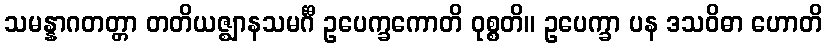
သမန္နာဂတတ္တာ တတိယဇ္ဈာနသမင်္ဂီ ဥပေက္ခကောတိ ဝုစ္စတိ။ ဥပေက္ခာ ပန ဒသဝိဓာ ဟောတိ